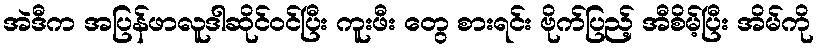
အဲဒီက အပြန်ဖာလူဒါဆိုင်ဝင်ပြီး ကူးဖီး တွေ စားရင်း ဗိုက်ပြည့် အီစိမ့်ပြီး အိမ်ကို